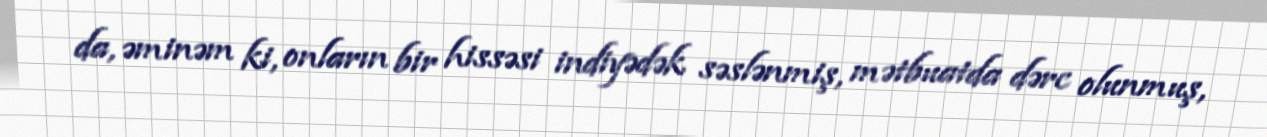
da, əminəm ki, onların bir hissəsi indiyədək səslənmiş, mətbuatda dərc olunmuş,